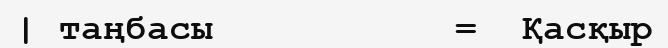
| таңбасы           =  Қасқыр